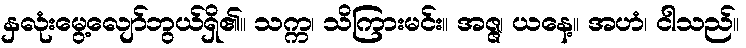
နှလုံးမွေ့လျော်ဘွယ်ရှိ၏။ သက္က၊ သိကြားမင်း။ အဇ္ဇ၊ ယနေ့။ အဟံ၊ ငါသည်။